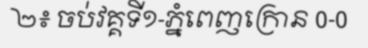
២៖ ចប់វគ្គទី១-ភ្នំពេញក្រោន 0-0